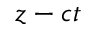
z - c t